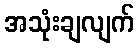
အသုံးချလျက်